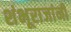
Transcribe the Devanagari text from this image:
शंभूराजांनी